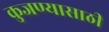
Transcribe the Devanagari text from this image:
कुजण्यासाठी